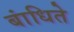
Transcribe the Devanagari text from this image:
बांधिते